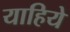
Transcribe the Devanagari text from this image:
याहिये